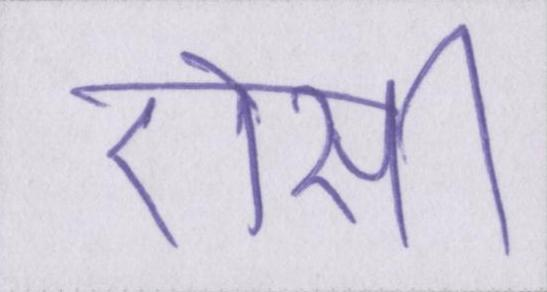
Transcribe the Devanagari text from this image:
ऐसी